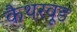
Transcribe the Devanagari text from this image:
कैथरवूड